Vaccination in Bombay 1874-1876 - 1874-1876
Year: 1874
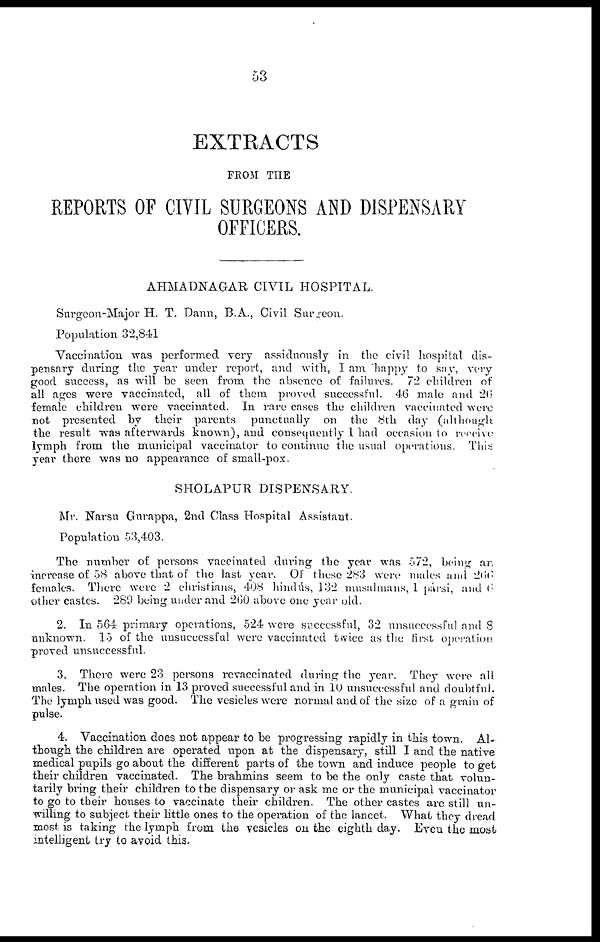
53
EXTRACTS
FROM THE
REPORTS OF CIVIL SURGEONS AND DISPENSARY
OFFICERS.
AHMADNAGAR CIVIL HOSPITAL.
Surgeon-Major H. T. Dann, B.A., Civil Surgeon.
Population 32,841
Vaccination was performed very assiduously in the civil hospital dis-
pensary during the year under report, and with, I am happy to say, very
good success, as will be seen from the absence of failures. 72 children of
all ages were vaccinated, all of them proved successful. 46 male and 26
female children were vaccinated. In rare cases the children vaccinated were
not presented by their parents punctually on the 8th day (although
the result was afterwards known), and consequently I had occasion to receive
lymph from the municipal vaccinator to continue the usual operations. This
year there was no appearance of small-pox.
SHOLAPUR DISPENSARY.
Mr. Narsu Gurappa, 2nd Class Hospital Assistant.
Population 53,403.
The number of persons vaccinated during the year was 572, being an
increase of 58 above that of the last year. Of these 283 were males and 266
females. There were 2 christians, 408 hindús, 132 musalmans, 1 pársi, and 6
other castes. 289 being under and 200 above one year old.
2. In 564 primary operations, 524 were successful, 32 unsuccessful and 8
unknown. 15 of the unsuccessful were vaccinated twice as the first operation
proved unsuccessful.
3. There were 23 persons revaccinated during the year. They were all
males. The operation in 13 proved successful and in 10 unsuccessful and doubtful.
The lymph used was good. The vesicles were normal and of the size of a grain of
pulse.
4. Vaccination does not appear to be progressing rapidly in this town. Al-
though the children are operated upon at the dispensary, still I and the native
medical pupils go about the different parts of the town and induce people to get
their children vaccinated. The brahmins seem to be the only caste that volun-
tarily bring their children to the dispensary or ask me or the municipal vaccinator
to go to their houses to vaccinate their children. The other castes are still un-
willing to subject their little ones to the operation of the lancet. What they dread
most is taking the lymph from the vesicles on the eighth day. Even the most
intelligent try to avoid this.